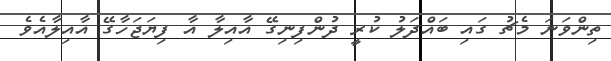
ތިންވަނަ މެޗު ގައި ބައްދަލު ކުރީ ދުންފިނިގޭ އާއިލާ އާ ފިޔަޖަހާގޭ އާއިލާއެވެ